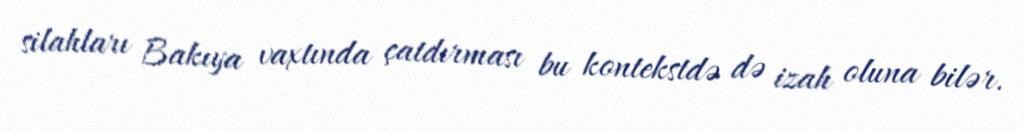
silahları Bakıya vaxtında çatdırması bu kontekstdə də izah oluna bilər.